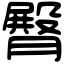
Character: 臀